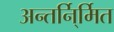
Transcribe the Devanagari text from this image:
अन्तर्नि्र्मित